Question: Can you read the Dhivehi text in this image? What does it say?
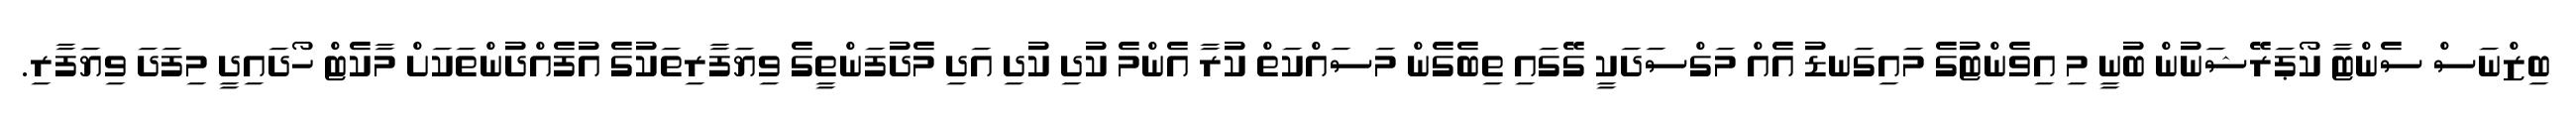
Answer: ބިޒްނަސް ސެންޓާ ކޯޕަރޭޝަނުން ބުނީ މި އިވެންޓުގެ މައިގަނޑު އެއް މަގްސަދަކީ ގޭގައި ތިބެގެން މަސައްކަތް ކުރާ އެންމެ ކުދި ކުދި އަދި މެދުފަންތީގެ ވިޔަފާރިތަކުގެ އުފެއްދުންތަކަށް މާކެޓް ހޯދައިދީ މިފަދަ ވިޔަފާރި.